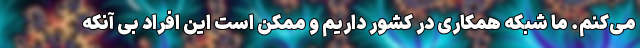
می‌کنم. ما شبکه همکاری در کشور داریم و ممکن است این افراد بی آنکه